画像に写った文字を読んでください
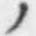
「ノ」と書いてあります